Scientific memoirs by medical officers of the Army of India - Part III,
Year: 1887
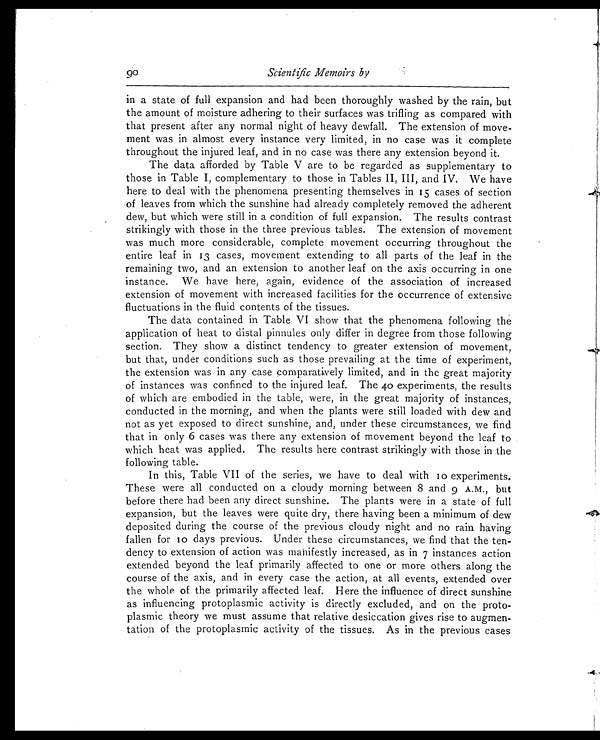
Scientific Memoirs by
in a state of full expansion and had been thoroughly washed by the rain, but
the amount of moisture adhering to their surfaces was trifling as compared with
that present after any normal night of heavy dewfall. The extension of move-
ment was in almost every instance very limited, in no case was it complete
throughout the injured leaf, and in no case was there any extension beyond it.
The data afforded by Table V are to be regarded as supplementary to
those in Table I, complementary to those in Tables II, III, and IV. We have
here to deal with the phenomena presenting themselves in 15 cases of section
of leaves from which the sunshine had already completely removed the adherent
dew, but which were still in a condition of full expansion. The results contrast
strikingly with those in the three previous tables. The extension of movement
was much more considerable, complete movement occurring throughout the
entire leaf in 13 cases, movement extending to all parts of the leaf in the
remaining two, and an extension to another leaf on the axis occurring in one
instance. We have here, again, evidence of the association of increased
extension of movement with increased facilities for the occurrence of extensive
fluctuations in the fluid contents of the tissues.
The data contained in Table VI show that the phenomena following the
application of heat to distal pinnules only differ in degree from those following
section. They show a distinct tendency to greater extension of movement,
but that, under conditions such as those prevailing at the time of experiment,
the extension was in any case comparatively limited, and in the great majority
of instances was confined to the injured leaf. The 40 experiments, the results
of which are embodied in the table, were, in the great majority of instances,
conducted in the morning, and when the plants were still loaded with dew and
not as yet exposed to direct sunshine, and, under these circumstances, we find
that in only 6 cases was there any extension of movement beyond the leaf to
which heat was applied. The results here contrast strikingly with those in the
following table.
In this, Table VII of the series, we have to deal with 10 experiments.
These were all conducted on a cloudy morning between 8 and 9 A.M., but
before there had been any direct sunshine. The plants were in a state of full
expansion, but the leaves were quite dry, there having been a minimum of dew
deposited during the course of the previous cloudy night and no rain having
fallen for 10 days previous. Under these circumstances, we find that the ten-
dency to extension of action was manifestly increased, as in 7 instances action
extended beyond the leaf primarily affected to one or more others along the
course of the axis, and in every case the action, at all events, extended over
the whole of the primarily affected leaf. Here the influence of direct sunshine
as influencing protoplasmic activity is directly excluded, and on the proto-
plasmic theory we must assume that relative desiccation gives rise to augmen-
tation of the protoplasmic activity of the tissues. As in the previous cases